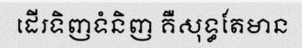
ដើរទិញទំនិញ គឺសុទ្ធតែមាន